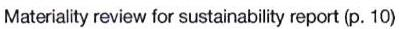
Materiality review for sustainability report (p. 10)